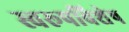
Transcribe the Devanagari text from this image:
स्वरूपविशेष